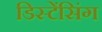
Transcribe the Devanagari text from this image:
डिस्टेंसिंग